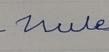
Signature authenticity: forged